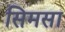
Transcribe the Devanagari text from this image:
सिमसा